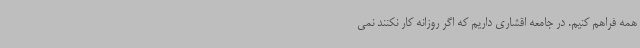
همه فراهم کنیم. در جامعه اقشاری داریم که اگر روزانه کار نکنند نمی